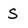
Character: s